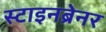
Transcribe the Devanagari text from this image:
स्टाइनब्रेनर